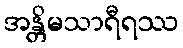
အန္တိမသာရီရဿ